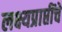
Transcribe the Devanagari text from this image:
लक्ष्यप्राप्तींचे